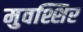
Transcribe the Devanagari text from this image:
मुवश्शिर